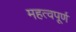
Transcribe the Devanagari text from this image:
महत्‍वपूर्ण